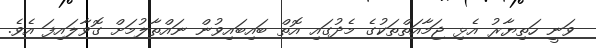
ވަނީ ހަތިޔާރު އެޅި ޖަމާއަތްތަކުގެ މެދުގައި އޮތް ބައިބައިވުން ނައްތާލުމަށް ގޮވާލައިފަ އެވެ.